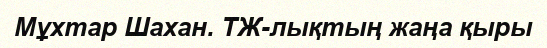
Мұхтар Шахан. ТЖ-лықтың жаңа қыры